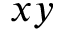
x y